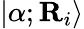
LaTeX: |\alpha;\textbf{R}_{i}\rangle